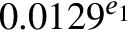
0 . 0 1 2 9 ^ { e _ { 1 } }